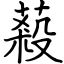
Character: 蔱